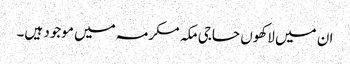
ان میں لاکھوں حاجی مکہ مکرمہ میں موجود ہیں۔